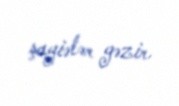
şayiələr gəzir.